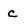
Character: c